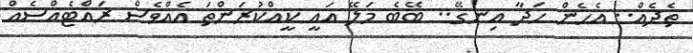
ތެދެއް.. އެހެން ހަދާ އިނގޭ.. ބޭބެ މަލޭ އައީ ކީއްކުރަންތަ އެއްވެސް ރައްޓެއްސެއް